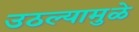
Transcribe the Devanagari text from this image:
उठल्यामुळे